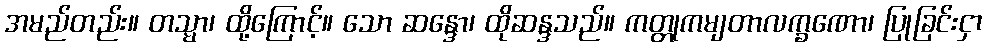
အမည်တည်း။ တသ္မာ၊ ထို့ကြောင့်။ သော ဆန္ဒော၊ ထိုဆန္ဒသည်။ ကတ္တုကမျတာလက္ခဏော၊ ပြုခြင်းငှာ